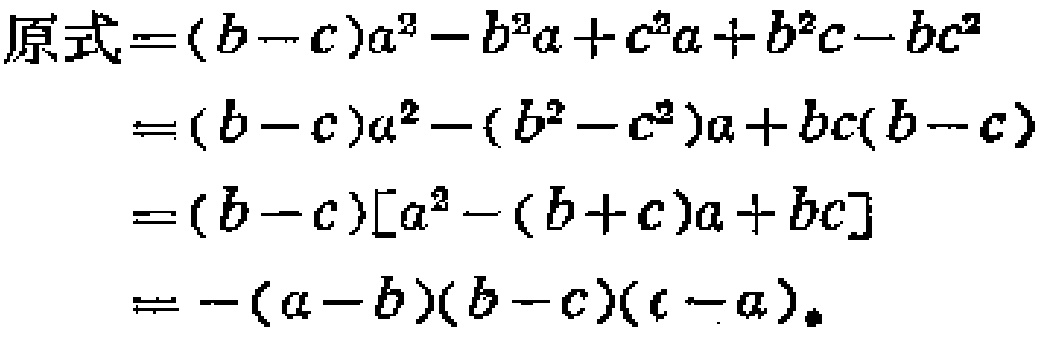
\[

\begin{align*}

原式&=(b - c)a^{2}-b^{2}a + c^{2}a + b^{2}c - bc^{2}\\

&=(b - c)a^{2}-(b^{2}-c^{2})a + bc(b - c)\\

&=(b - c)[a^{2}-(b + c)a + bc]\\

&=-(a - b)(b - c)(c - a)

\end{align*}

\]